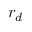
r _ { d }